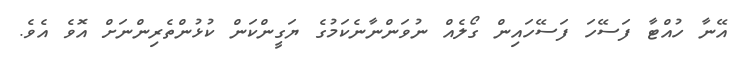
އޭނާ ހުއްޓާ ފަސޭހަ ފަސޭހައިން ގޯލެއް ނުވަންނާނެކަމުގެ ޔަގީންކަން ކުޅުންތެރިންނަށް އޮވެ އެވެ.